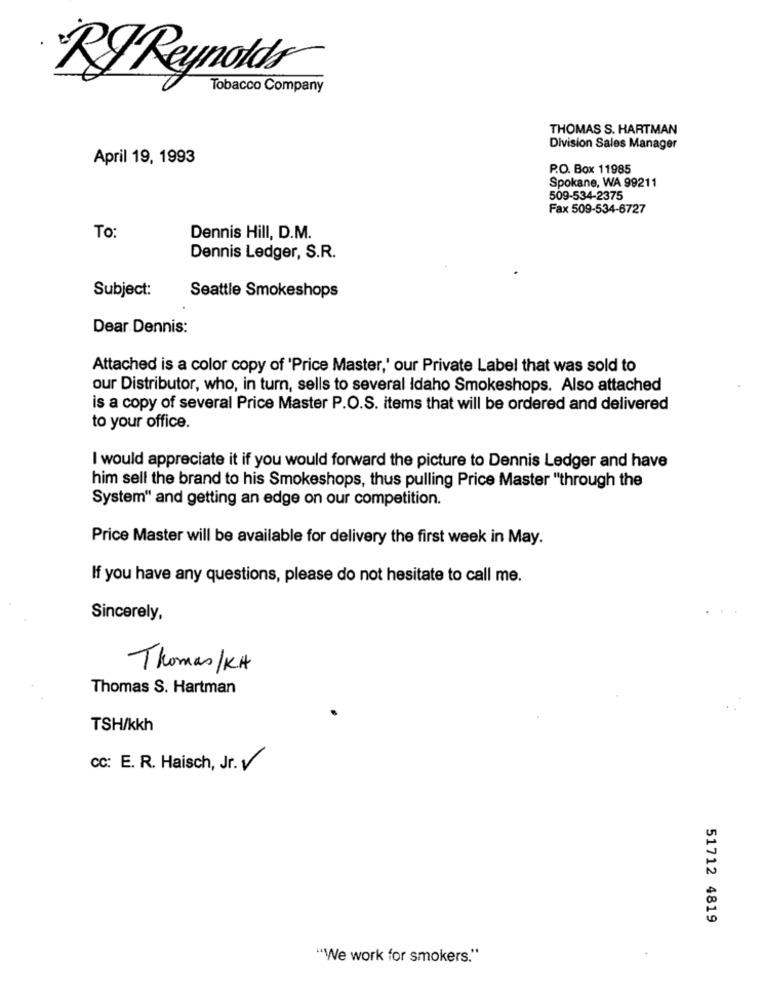
RJ Reynolds
Tobacco Company
THOMAS S. HARTMAN
Division Sales Manager
April 19, 1993
P.O. Box 11985
Spokane, WA 99211
509-534-2375
Fax 509-534-6727
To:
Dennis Hill, D.M.
Dennis Ledger, S.R.
Subject:
Seattle Smokeshops
Dear Dennis:
Attached is a color copy of 'Price Master,' our Private Label that was sold to
our Distributor, who, in turn, sells to several Idaho Smokeshops. Also attached
is a copy of several Price Master P.O.S. items that will be ordered and delivered
to your office.
I would appreciate it if you would forward the picture to Dennis Ledger and have
him sell the brand to his Smokeshops, thus pulling Price Master "through the
System" and getting an edge on our competition.
Price Master will be available for delivery the first week in May.
If you have any questions, please do not hesitate to call me.
Sincerely,
Thomas/KA
Thomas S. Hartman
TSH/kkh
cc: E. R. Haisch, Jr. V
51712 4819
"We work for smokers."